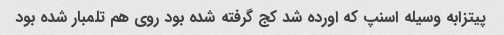
پیتزابه وسیله اسنپ که اورده شد کج گرفته شده بود روی هم تلمبار شده بود